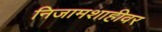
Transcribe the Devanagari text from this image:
निजामशाहीवर